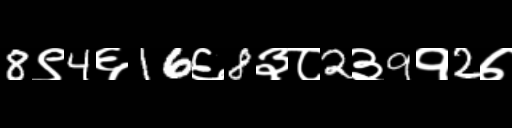
Text: 8९4६16६8३८2३9१2७